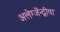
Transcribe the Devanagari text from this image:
अलेग्जेंन्द्रीया